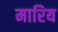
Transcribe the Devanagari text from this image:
मारिय